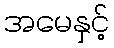
အမေနှင့်